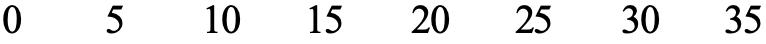
0   5  10 15  20 25  30 35